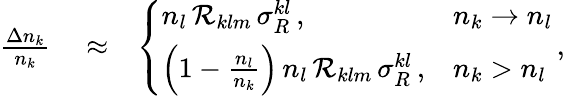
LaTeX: \begin{array}{rlr}{\frac{\Delta n_{k}}{n_{k}}}&{{}\approx}&{\left\{ \begin{array}{ll}{n_{l}\, {\cal R}_{klm}\, \sigma_{R}^{kl}\, ,}&{n_{k}\rightarrow n_{l}}\\ {\left(1-\frac{n_{l}}{n_{k}}\right)\, n_{l}\, {\cal R}_{klm}\, \sigma_{R}^{kl}\, ,}&{n_{k}>n_{l}}\end{array}\right.\, ,}\end{array}